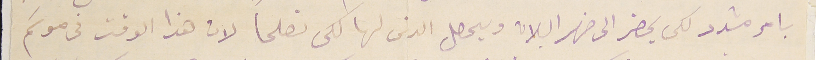
بامر مشدد لكى يحضر الى ضهر البلان ويحصل الدىن لها لكى نصلحاً لان هذا الوقت فى موسَم